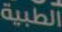
الطبية